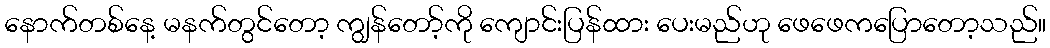
နောက်တစ်နေ့ မနက်တွင်တော့ ကျွန်တော့်ကို ကျောင်းပြန်ထား ပေးမည်ဟု ဖေဖေကပြောတော့သည်။